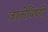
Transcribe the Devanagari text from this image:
जातीविषयी